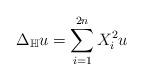
LaTeX: \begin{align*}\Delta_\mathbb{H} u= \sum_{i=1}^{2n} X_i^2u \end{align*}